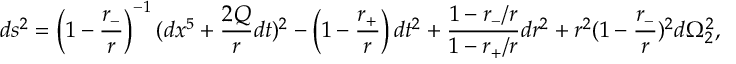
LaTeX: d s ^ { 2 } = \left( 1 - { \frac { r _ { - } } { r } } \right) ^ { - 1 } ( d x ^ { 5 } + { \frac { 2 Q } { r } } d t ) ^ { 2 } - \left( 1 - { \frac { r _ { + } } { r } } \right) d t ^ { 2 } + { \frac { 1 - r _ { - } / r } { 1 - r _ { + } / r } } d r ^ { 2 } + r ^ { 2 } ( 1 - { \frac { r _ { - } } { r } } ) ^ { 2 } d \Omega _ { 2 } ^ { 2 } ,